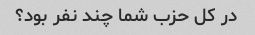
در کل حزب شما چند نفر بود؟